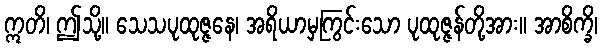
ဣတိ၊ ဤသို့။ သေသပုထုဇ္ဇနေ၊ အရိယာမှကြွင်းသော ပုထုဇ္ဇန်တို့အား။ အာစိက္ခိ၊